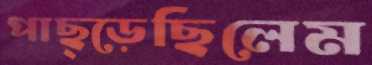
পাছ্‌ড়েছিলেম